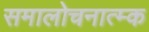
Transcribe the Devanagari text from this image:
समालोचनात्म्क